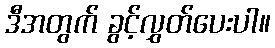
ဒီအတွက် ခွင့်လွှတ်ပေးပါ။